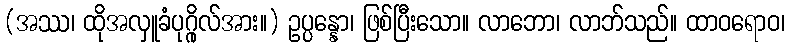
(အဿ၊ ထိုအလှူခံပုဂ္ဂိုလ်အား။) ဥပ္ပန္နော၊ ဖြစ်ပြီးသော။ လာဘော၊ လာဘ်သည်။ ထာဝရောဝ၊